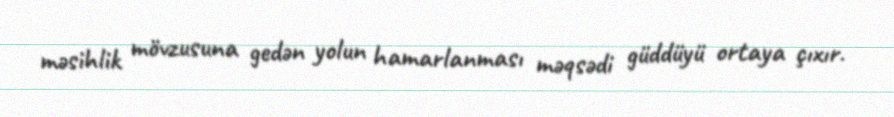
məsihlik mövzusuna gedən yolun hamarlanması məqsədi güddüyü ortaya çıxır.